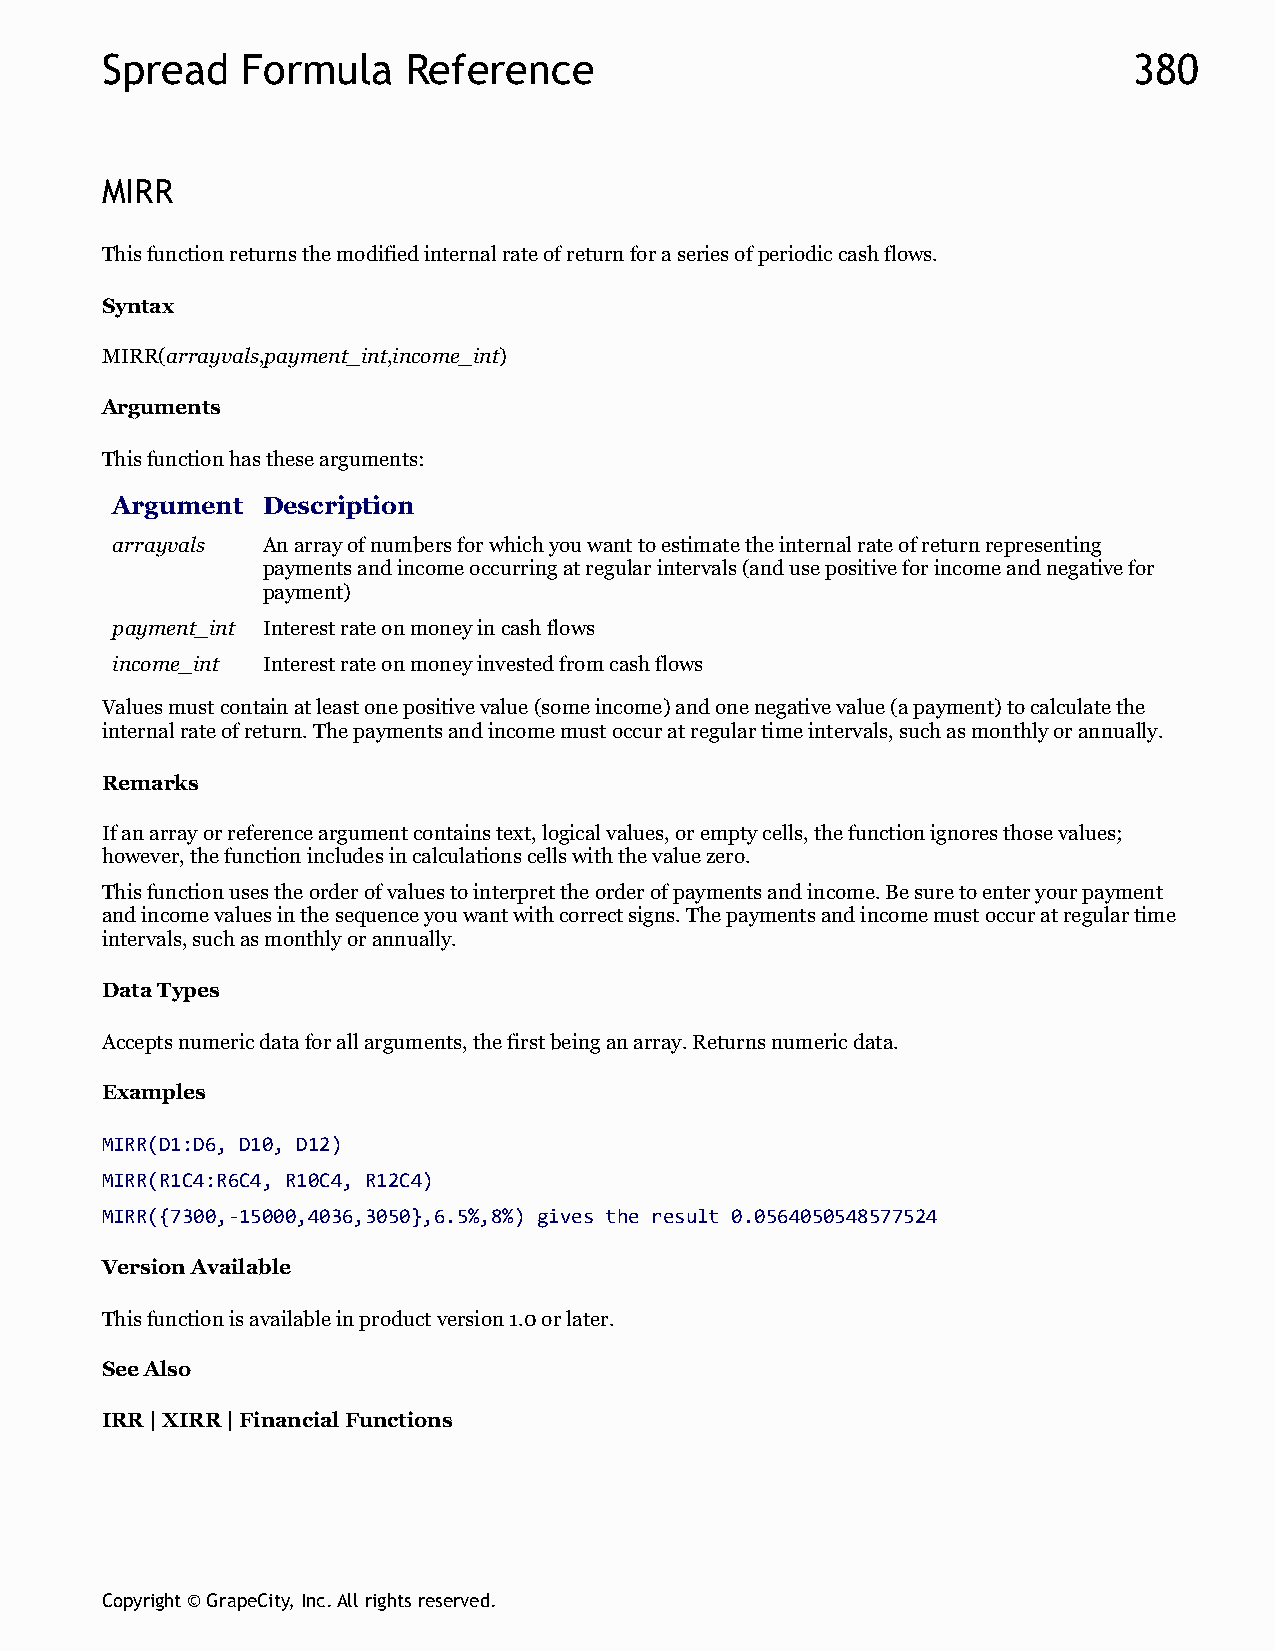
Spread   Formula    Reference                                       380
 MIRR
 This function returns the modified internal rate of return for a series of periodic cash flows.
 Syntax
 MIRR(arrayvals,payment_int,income_int)
 Arguments
 This function has these arguments:
 Argument  Description
 arrayvals An array of numbers for which you want to estimate the internal rate of return representing
 payments and income occurring at regular intervals (and use positive for income and negative for
 payment)
 payment_int Interest rate on money in cash flows
 income_int Interest rate on money invested from cash flows
 Values must contain at least one positive value (some income) and one negative value (a payment) to calculate the
 internal rate of return. The payments and income must occur at regular time intervals, such as monthly or annually.
 Remarks
 If an array or reference argument contains text, logical values, or empty cells, the function ignores those values;
 however, the function includes in calculations cells with the value zero.
 This function uses the order of values to interpret the order of payments and income. Be sure to enter your payment
 and income values in the sequence you want with correct signs. The payments and income must occur at regular time
 intervals, such as monthly or annually.
 Data Types
 Accepts numeric data for all arguments, the first being an array. Returns numeric data.
 Examples
 MIRR(D1:D6, D10, D12)
 MIRR(R1C4:R6C4, R10C4, R12C4)
 MIRR({7300,-15000,4036,3050},6.5%,8%) gives the result 0.0564050548577524
 Version Available
 This function is available in product version 1.0 or later.
 See Also
 IRR | XIRR | Financial Functions
 Copyright © GrapeCity, Inc. All rights reserved.